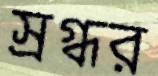
স্রগ্ধর